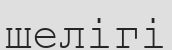
шелігі